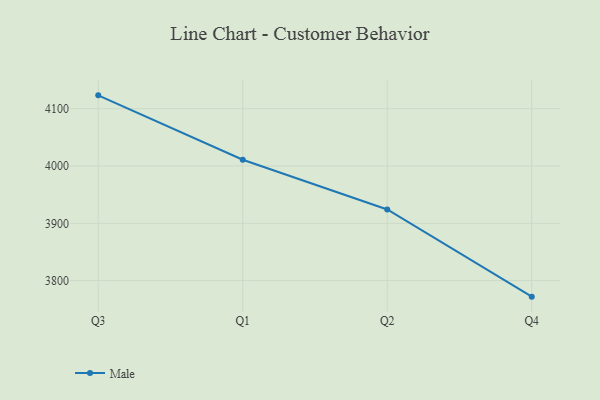
{"axis": {"x": "Quarter", "y": "Conversion Rate (%)"}, "legend": ["Male"], "data": [{"x": "Q3", "y": 4123.3, "type": "Male"}, {"x": "Q1", "y": 4011.0, "type": "Male"}, {"x": "Q2", "y": 3924.2, "type": "Male"}, {"x": "Q4", "y": 3772.0, "type": "Male"}]}